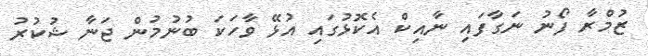
ޒުމްރާ ފޯނު ނަގާފައި ނާއިކް އެކޮޅުގައި އުޅޭ ވާހަކަ ބުނުމުން ޖަނާ ޝުކުރު